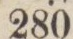
280